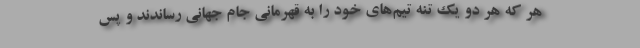
هر که هر دو یک تنه تیم‌های خود را به قهرمانی جام جهانی رساندند و پس